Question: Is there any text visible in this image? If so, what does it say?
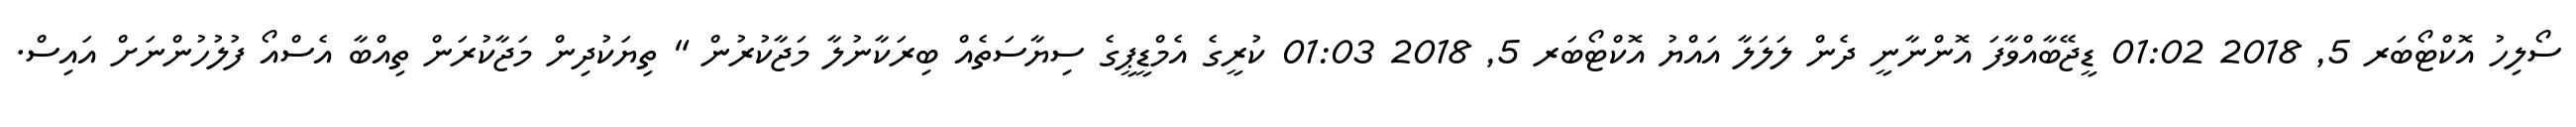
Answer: ސޯލިހު އޮކްޓޯބަރ 5, 2018 01:02 ޑީޖޭބާއްވާފަ އޮންނާނީ ދެން ލަލަލާ އައްޔު އޮކްޓޯބަރ 5, 2018 01:03 ކުރީގެ އެމްޑީޕީގެ ސިޔާސަތެއް ބިރަކާނުލާ މަޖާކުރުން " ތިޔަކުދިން މަޖާކުރަން ތިއްބާ އެސްއޯ ފުލުހުންނަށް އައިސް.